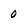
Character: 0